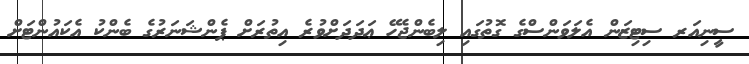
ސީނިއަރ ސިޓިޒަން އެލަވަންސްގެ ގޮތުގައި ލިބެންޖެހޭ ޢަދަދަށްވުރެ އިތުރަށް ޕެންޝަނަރުގެ ބެންކު އެކައުންޓަށް